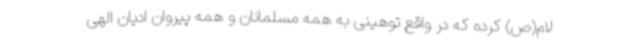
لام(ص) کرده که در واقع توهینی به همه مسلمانان و همه پیروان ادیان الهی